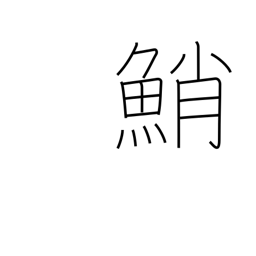
Meaning: octopus